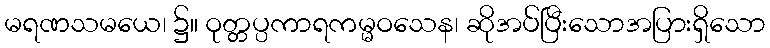
မရဏသမယေ၊ ၌။ ဝုတ္တပ္ပကာရကမ္မဝသေန၊ ဆိုအပ်ပြီးသောအပြားရှိသော